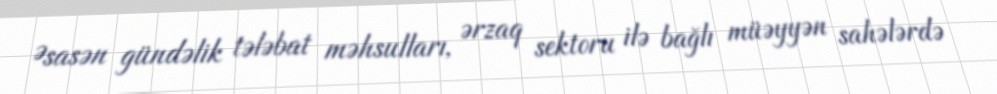
Əsasən gündəlik tələbat məhsulları, ərzaq sektoru ilə bağlı müəyyən sahələrdə